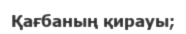
Қағбаның қирауы;